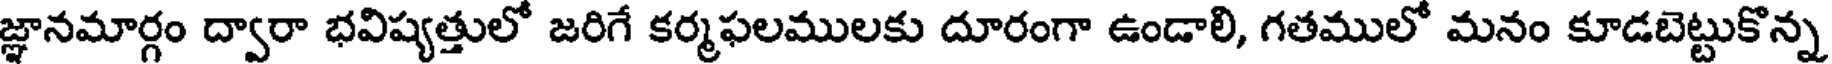
జ్ఞానమార్గం ద్వారా భవిష్యత్తులో జరిగే కర్మఫలములకు దూరంగా ఉండాలి, గతములో మనం కూడబెట్టుకొన్న